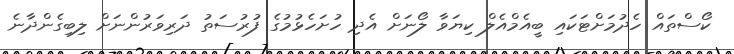
ކޯސްތައް ހެދުމަށްޓަކައި ބީއެމްއެލް ކިޔަވާ ލޯނަށް އެދި ހުށަހެޅުމުގެ ފުރުސަތު ދަރިވަރުންނަށް ލިބިގެންދާނެ